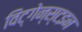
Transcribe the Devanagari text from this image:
विट्गेन्स्टइन